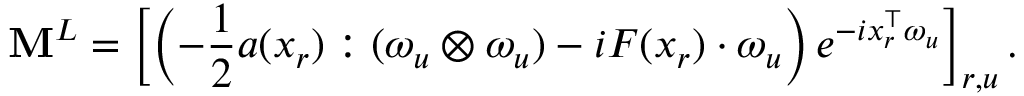
\mathbf { M } ^ { L } = \left[ \left( - \frac { 1 } { 2 } a ( x _ { r } ) : ( \omega _ { u } \otimes \omega _ { u } ) - i F ( x _ { r } ) \cdot \omega _ { u } \right) e ^ { - i x _ { r } ^ { \top } \omega _ { u } } \right] _ { r , u } .